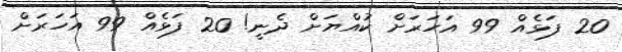
20 ފަޅެއް 99 އަހަރަށް ކުއްޔަށް ދެނީ! 20 ފަޅެއް 99 އަހަރަށް